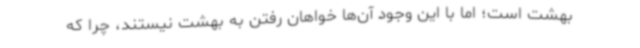
بهشت است؛ اما با این وجود آن‌ها خواهان رفتن به بهشت نیستند، چرا که